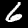
Label: 6